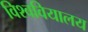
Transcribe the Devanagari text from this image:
विश्ववियालय